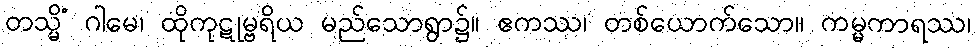
တသ္မိံ ဂါမေ၊ ထိုကုဋုမ္ဗရိယ မည်သောရွာ၌။ ဧကဿ၊ တစ်ယောက်သော။ ကမ္မကာရဿ၊